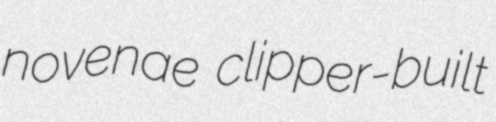
novenae clipper-built